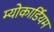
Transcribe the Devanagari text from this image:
म्योकार्डियम